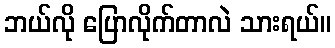
ဘယ်လို ပြောလိုက်တာလဲ သားရယ်။